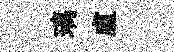
璃盧